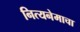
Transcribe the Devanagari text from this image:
नित्यनेमाचा